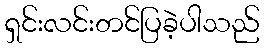
ရှင်းလင်းတင်ပြခဲ့ပါသည်